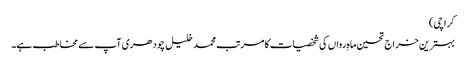
کراچی)
بہترین خراج تحسین ماہِ رواں کی شخصیات کا مرتب محمد خلیل چودھری آپ سے مخاطب ہے۔